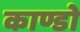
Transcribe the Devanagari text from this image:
काण्डो